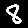
Digit: 8